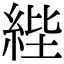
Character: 𦀘